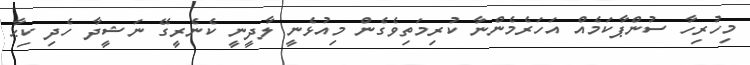
މިހުރިހާ ސުންޕާކަމެއް އަހަރެމެންނާ ކުރިމަތިވެގެން މިއުޅެނީ ލާދީނީ ކެނެރީގޭ ނަޝީދާ ހެދި ކިޙާ